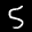
Label: 5